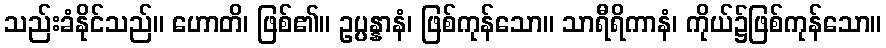
သည်းခံနိုင်သည်။ ဟောတိ၊ ဖြစ်၏။ ဥပ္ပန္နာနံ၊ ဖြစ်ကုန်သော။ သာရီရိကာနံ၊ ကိုယ်၌ဖြစ်ကုန်သော။